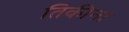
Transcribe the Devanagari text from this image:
तिकीना